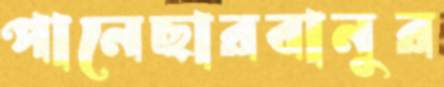
পানেছারবানুর